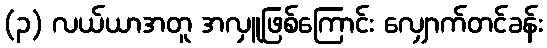
(၃) လယ်ယာအတူ အလှူဖြစ်ကြောင်း လျှောက်တင်ခန်း